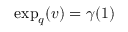
\begin{array} { r } { \exp _ { q } ( v ) = \gamma ( 1 ) } \end{array}